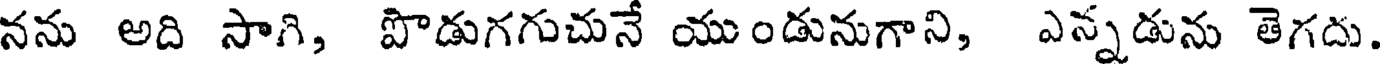
నను అది సాగి, పొడుగగుచునే యుండునుగాని, ఎన్నడును తెగదు.